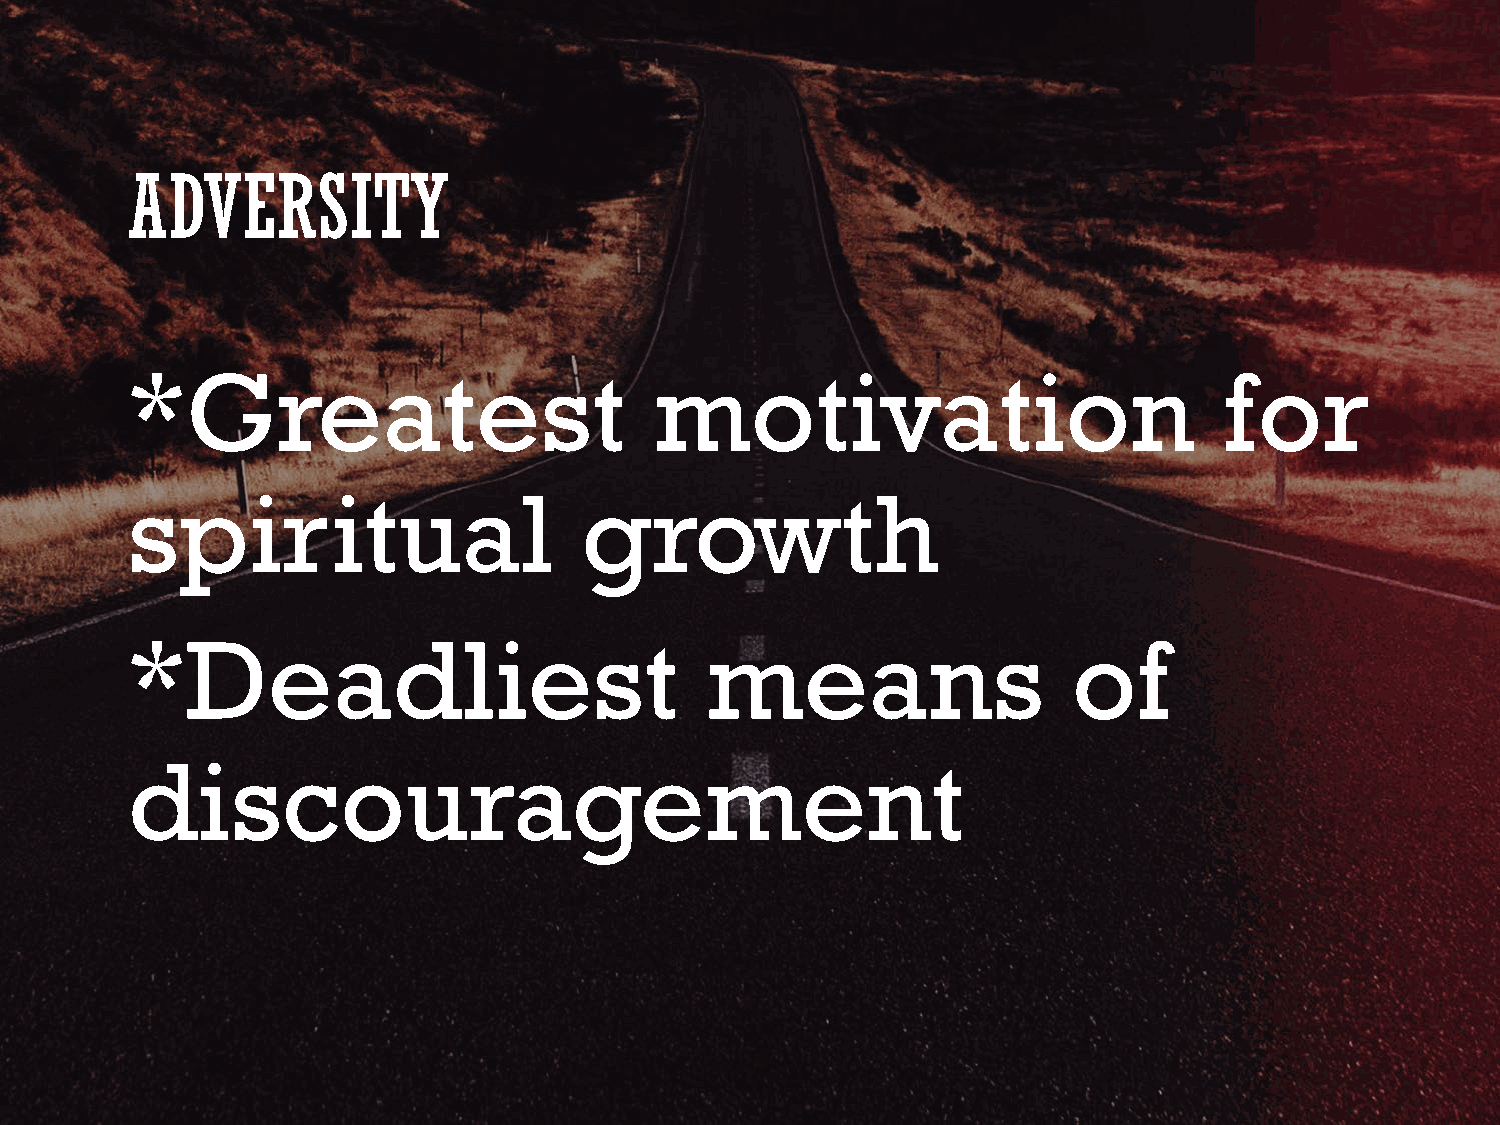
ADVERSITY
 *Greatest                          motivation                            for
 spiritual                      growth
 *Deadliest                             means                   of
 discouragement